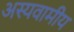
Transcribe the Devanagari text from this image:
अस्यवामीय